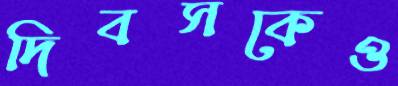
দিবসকেও